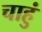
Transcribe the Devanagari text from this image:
चाहुं